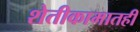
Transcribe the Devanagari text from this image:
शेतीकामातही